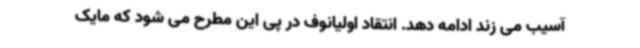
آسیب می زند ادامه دهد. انتقاد اولیانوف در پی این مطرح می شود که مایک